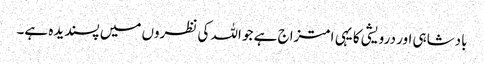
بادشاہی اور درویشی کا یہی امتزاج ہے جو اللہ کی نظروں میں پسندیدہ ہے۔